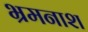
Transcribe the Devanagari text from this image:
भ्रमनाश